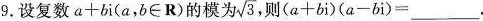
9.设复数$$a + b i$$(a，b∈R)的模为 $$\sqrt { 3 }$$ 则$$( a + b i ) ( a - b i ) = ___$$。